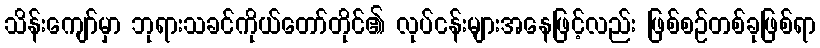
သိန်းကျော်မှာ ဘုရားသခင်ကိုယ်တော်တိုင်၏ လုပ်ငန်းများအနေဖြင့်လည်း ဖြစ်စဉ်တစ်ခုဖြစ်ရာ